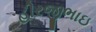
હીરજીભાઇ